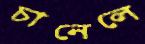
চানেলে